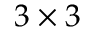
3 \times 3